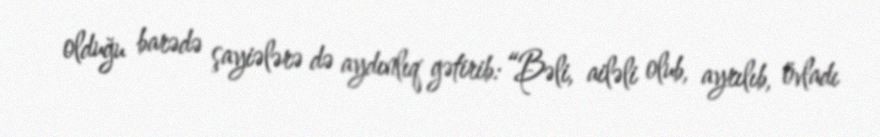
olduğu barədə şayiələrə də aydınlıq gətirib: “Bəli, ailəli olub, ayrılıb, övladı